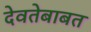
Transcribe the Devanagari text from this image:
देवतेबाबत